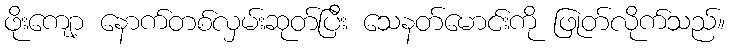
ဖိုးကျော့ နောက်တစ်လှမ်းဆုတ်ပြီး သေနတ်မောင်းကို ဖြုတ်လိုက်သည်။